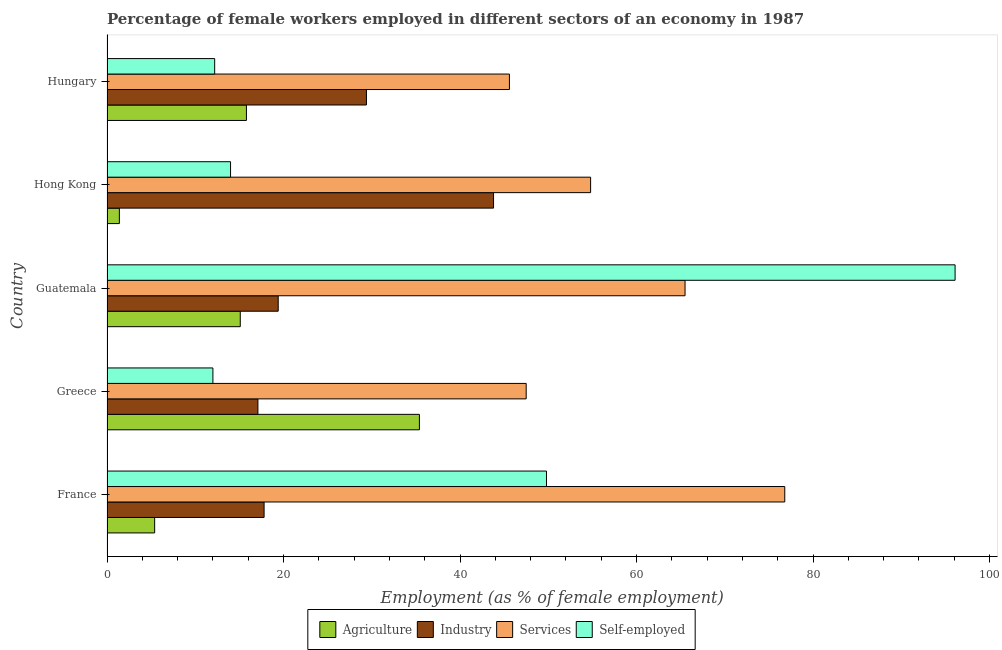
| Country | Agriculture | Industry | Services | Self-employed |
 | --- | --- | --- | --- | --- |
 | France | 5.4 | 17.8 | 76.8 | 49.8 |
 | Greece | 35.4 | 17.1 | 47.5 | 12 |
 | Guatemala | 15.1 | 19.4 | 65.5 | 96.1 |
 | Hong Kong | 1.4 | 43.8 | 54.8 | 14 |
 | Hungary | 15.8 | 29.4 | 45.6 | 12.2 |